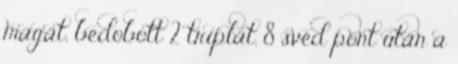
magát, bedobott 2 triplát. 8 svéd pont után a